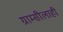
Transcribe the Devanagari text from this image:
ग्राम्सीलाही